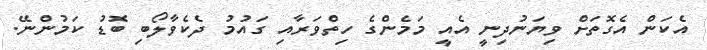
އެކަން އެގޮތަށް ވިޔަނުދިނީ އެެއީ މަމެންގެ ހިތްވަރާއި ގައުމު ދެކެވާލޯބި ބޮޑު ކަމުންނޭ.